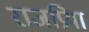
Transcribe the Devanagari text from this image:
राजप्रिया